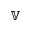
\mathbb { V }